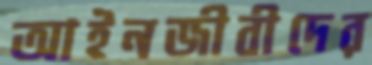
আইনজীবীদের